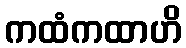
ကထံကထာဟိ